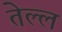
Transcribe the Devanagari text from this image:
तेल्ल